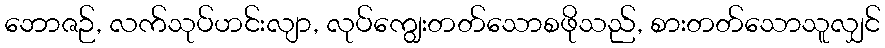
ဘောဇဉ်, လက်သုပ်ဟင်းလျာ, လုပ်ကျွေးတတ်သောစဖိုသည်, စားတတ်သောသူလျှင်